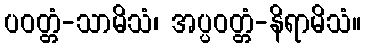
ပဝတ္တံ-သာမိသံ၊ အပ္ပဝတ္တံ-နိရာမိသံ။